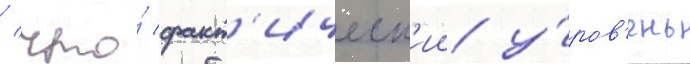
/ что́ факт'ическ'ии у́ров'ень